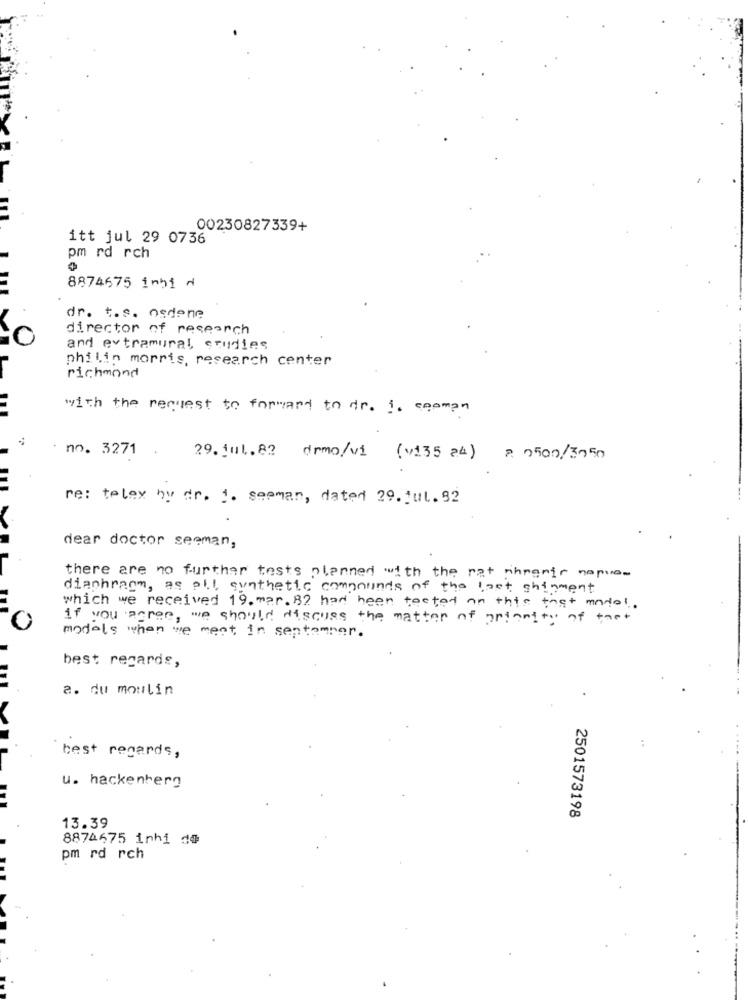
00230827339+
itt jul 29 0736
pm rd rch
8874675 imbi d
dr. t.s. osdone
director of research
0
and extramural, studies
philin morris, research center
richmond
with the request to forward to dr. i. seoman
no. 3271 . 29. jul.82 drmo/vi (v135 a4) : 0500/3050
re: telex hy dr. 1. sepman, dated 29. Jul. 82
dear doctor seeman,
there are no further tests planned with the rat phrenic napo-
diaphragm, as pil synthetic compounds of the last shipment
which we received 19. mar.82 had been tested on this that model.
if you paree, we should discuss the matter of ortanity of the+
models when we ment in september.
best regards,
a. du moulin
best regards,
u. hackenberg
2501573198
13.39
8874675 iphi de
pm rd rch